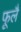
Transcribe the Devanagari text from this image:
फूलै